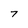
Character: 7